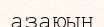
азаюын